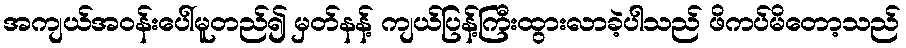
အကျယ်အဝန်းပေါ်မူတည်၍ မှတ်နန့် ကျယ်ပြန့်ကြီးထွားလာခဲ့ပါသည် ဖိကပ်မိတော့သည်